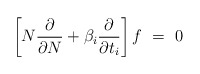
\begin{align*}\left[N{\partial\over\partial N}+\beta_i{\partial\over\partial t_i}\right] f\ =\ 0\end{align*}